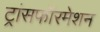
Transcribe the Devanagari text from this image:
ट्रांसफॉरमेशन